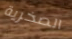
الصخرية